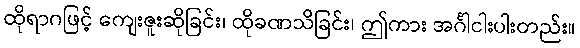
ထိုရာဂဖြင့် ကျေးဇူးဆိုခြင်း၊ ထိုခဏသိခြင်း၊ ဤကား အင်္ဂါငါးပါးတည်း။